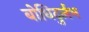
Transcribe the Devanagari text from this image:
बोधिदुर्लभ